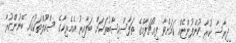
ިދިރާސާ ކުރާ ކުންފުންޏެއް ކަމަށްވާ ފިއުޗަފާމްގެ ތަފާސްހިސާބުތަކަށް ބަލާއިރު އެމެރިކާގެ ސްކޫލްތަކުގައި ބޭނުންކުރާ